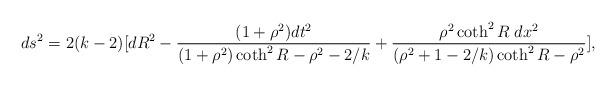
LaTeX: \begin{align*}ds^2=2(k-2)[dR^2-\frac{(1+\rho^2)dt^2}{(1+\rho^2)\coth^2 R-\rho^2-2/k}+\frac{\rho^2\coth^2 R\;dx^2}{(\rho^2+1-2/k)\coth^2 R-\rho^2}],\end{align*}